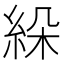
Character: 𦀉